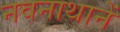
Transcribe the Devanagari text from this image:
नवनाथानें